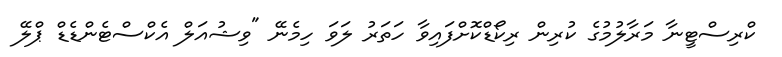
ކްރިސްޓީނާ މަރާލުމުގެ ކުރިން ރިކޯޑްކޮށްފައިވާ ހަތަރު ލަވަ ހިމެނޭ "ވިޝުއަލް އެކްސްޓެންޑެޑް ޕްލޭ